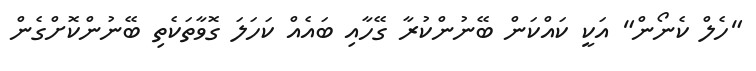
"ހެލް ކެނޯން" އަކީ ކައްކަން ބޭނުންކުރާ ގޭހާއި ބައެއް ކަހަލަ ގޮވާތަކެތި ބޭނުންކޮށްގެން